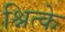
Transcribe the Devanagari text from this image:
श्नित्के